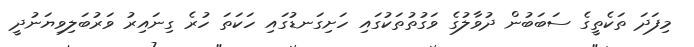
މިފަދަ ތަކެތީގެ ސަބަބުން ދުވާލުގެ ވަގުތުތަކުގައި ހަށިގަނޑުގައި ހަކަތަ ހުރެ ގިނައިރު ވަރުބަލިވިޔަނުދީ